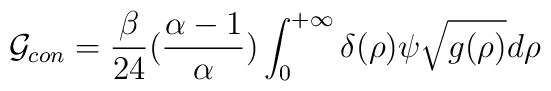
{\cal G}_{con}={\beta \over 24} ({\alpha-1 \over \alpha})\int_{0}^{+\infty}\delta ( \rho) \psi \sqrt{g(\rho)} d \rho